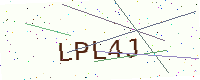
Text: LPL4J